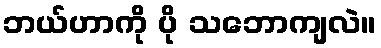
ဘယ်ဟာကို ပို သဘောကျလဲ။